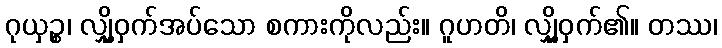
ဂုယှဉ္စ၊ လျှို့ဝှက်အပ်သော စကားကိုလည်း။ ဂူဟတိ၊ လျှို့ဝှက်၏။ တဿ၊